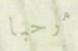
مرحبا